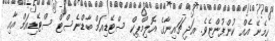
ހިމެނޭ އެއް ކުންފުންޏެވެ. އަދި ޗައިނާގެ އޮލިމްޕިކް ސްޓޭޑިއަމް ބާޑްނެސްޓް ސްޓޭޑިއަމް އާއި